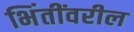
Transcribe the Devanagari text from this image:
भिंतींवरील